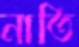
নাতি